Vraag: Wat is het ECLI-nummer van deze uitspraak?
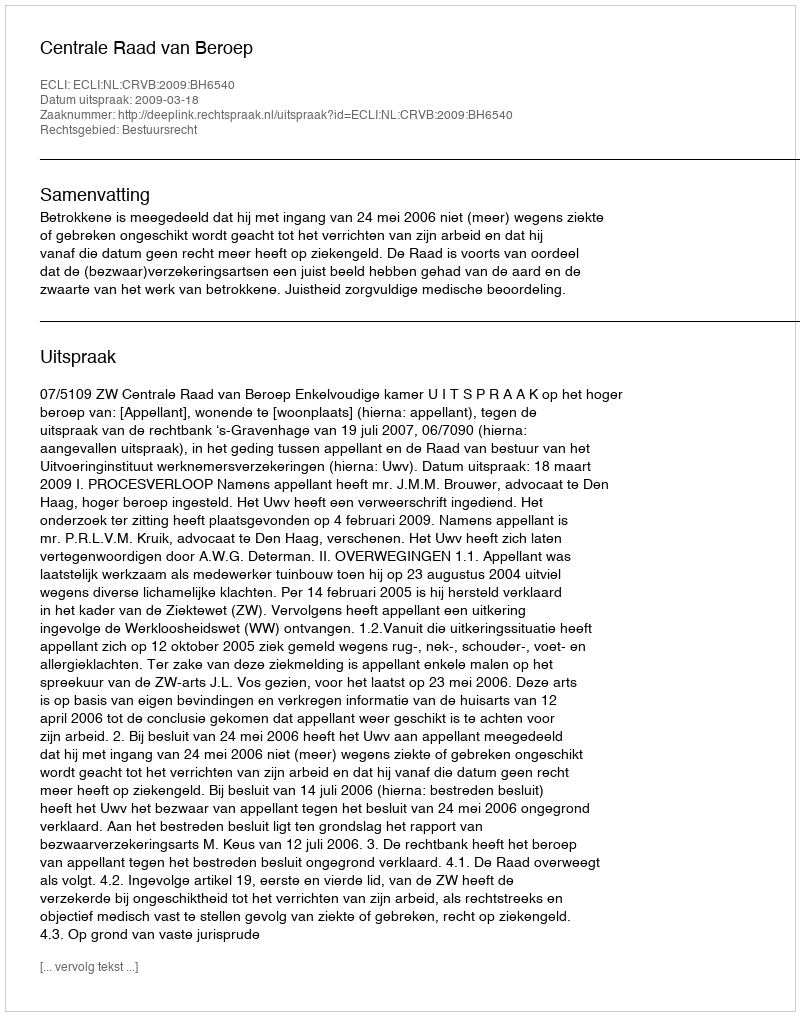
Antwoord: ECLI:NL:CRVB:2009:BH6540